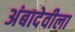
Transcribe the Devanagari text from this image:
अंबादेवीला